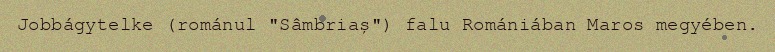
Jobbágytelke (románul "Sâmbriaș") falu Romániában Maros megyében.